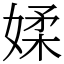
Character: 媃